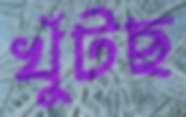
খুঁটছ